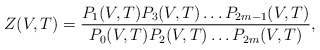
\begin{align*}Z(V,T)=\frac{P_1(V,T)P_3(V,T)\dots P_{2m-1}(V,T)}{P_0(V,T)P_2(V,T)\dots P_{2m}(V,T)},\end{align*}